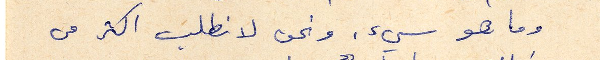
وما هو سيء. ونحن لانطلب اكثر من